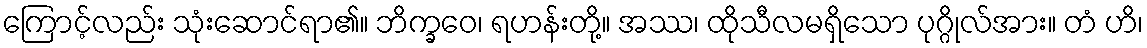
ကြောင့်လည်း သုံးဆောင်ရာ၏။ ဘိက္ခဝေ၊ ရဟန်းတို့။ အဿ၊ ထိုသီလမရှိသော ပုဂ္ဂိုလ်အား။ တံ ဟိ၊